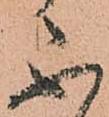
不